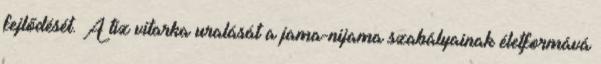
fejlődését. A tíz vitarka uralását a jama-nijama szabályainak életformává